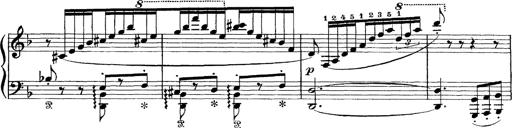
Title: Scherzo und Marsch
Composer: Franz Liszt